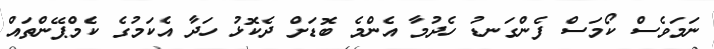
ނަމަވެސް ކޯމަސް ފެންގަނޑު ހެދުމާ އެންމެ ބޮޑަށް ދެކޮޅު ހަދާ އެކަމުގެ ކެމްޕޭންތައް